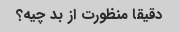
دقیقا منظورت از بد چیه؟